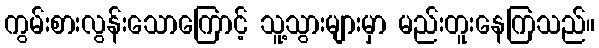
ကွမ်းစားလွန်းသောကြောင့် သူ့သွားများမှာ မည်းတူးနေကြသည်။